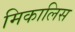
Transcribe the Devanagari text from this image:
मिकालिस